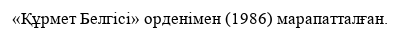
«Құрмет Белгісі» орденімен (1986) марапатталған.